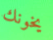
يخونك